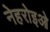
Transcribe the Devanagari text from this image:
नेहरोइओ